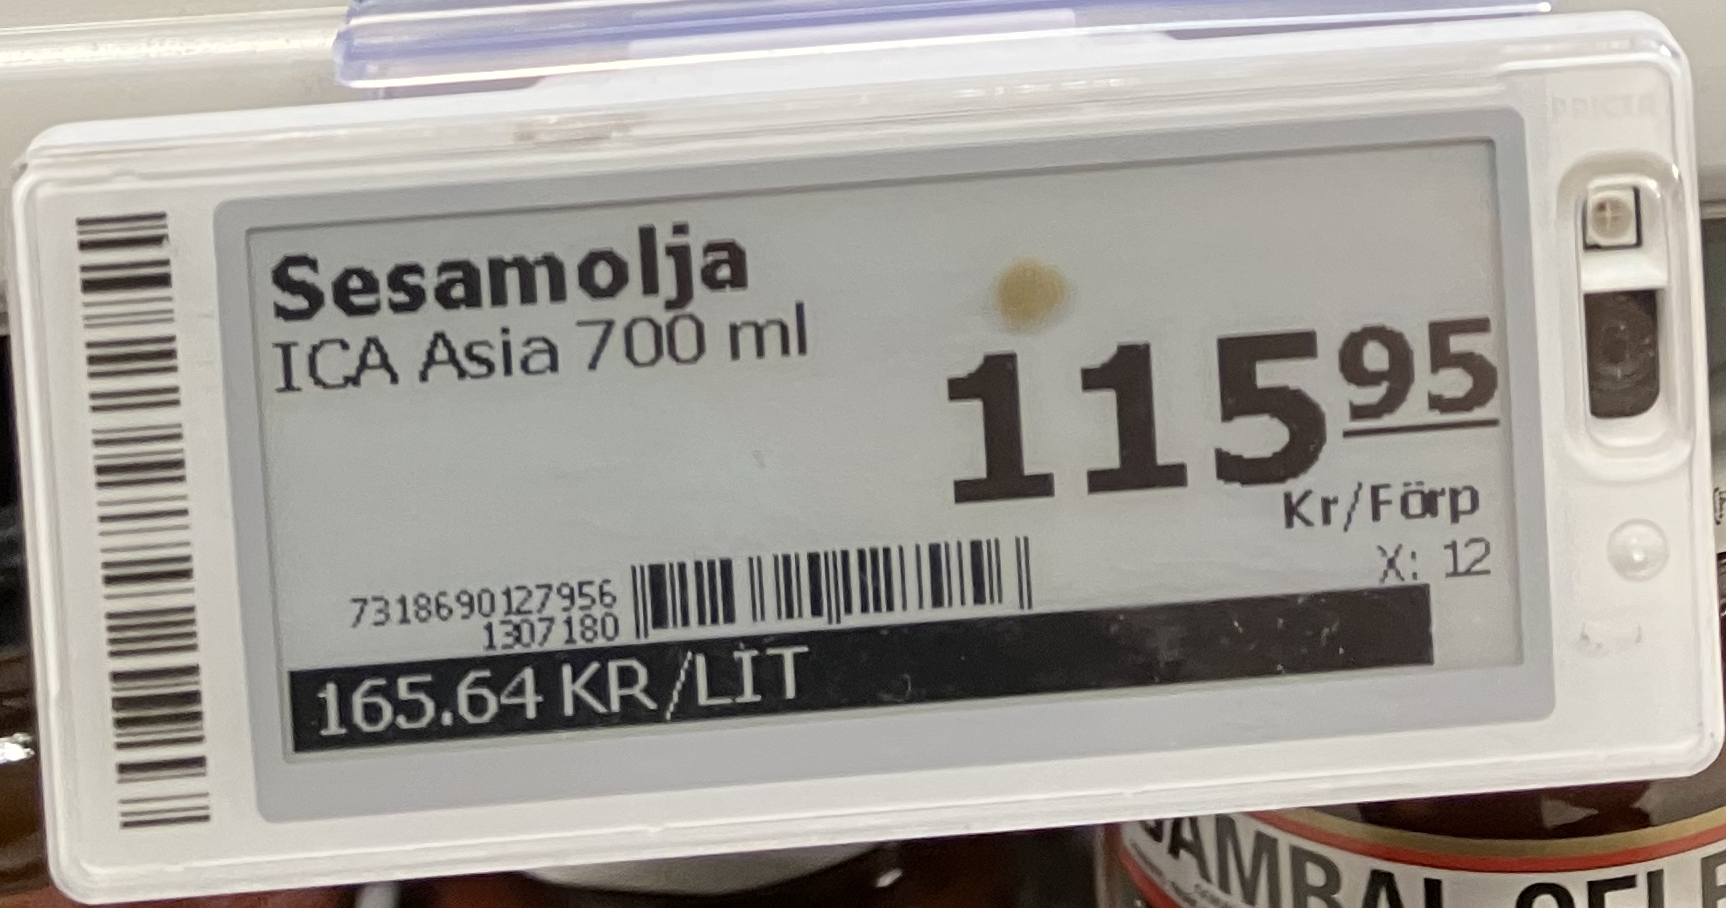
Vara: Sesamolja
Genomsnittspris: 165.64 per L